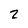
Character: 2